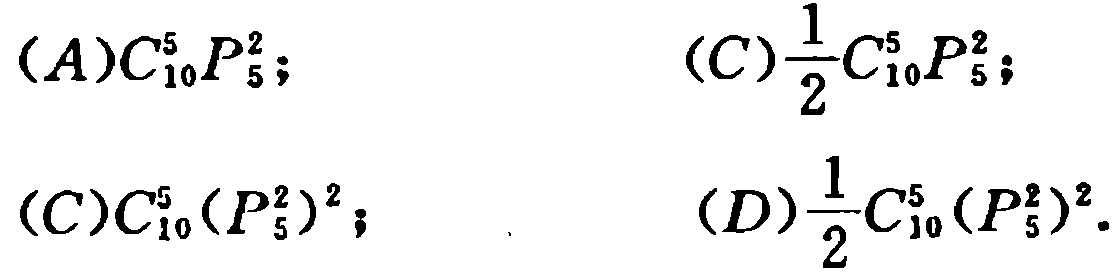
(A)$C_{10}^5P_{5}^2$; (C)$\frac{1}{2}C_{10}^5P_{5}^2$;

(C)$C_{10}^5(P_{5}^2)^2$; (D)$\frac{1}{2}C_{10}^5(P_{5}^2)^2$.